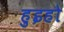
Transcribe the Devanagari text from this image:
हुइहो